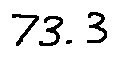
7 3 . 3